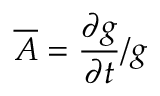
\overline { { A } } = \frac { \partial g } { \partial t } / g